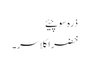
ذرہ سوچیئے
خضراکلاسر۔